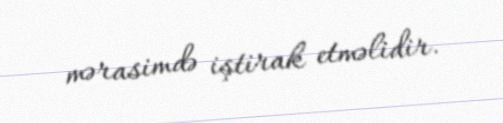
mərasimdə iştirak etməlidir.